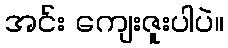
အင်း ကျေးဇူးပါပဲ။